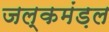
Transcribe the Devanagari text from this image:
जल्कमंड़ल